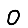
Digit: 0